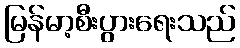
မြန်မာ့စီးပွားရေးသည်